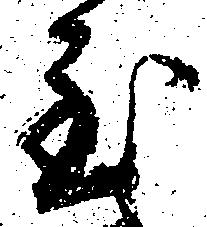
至